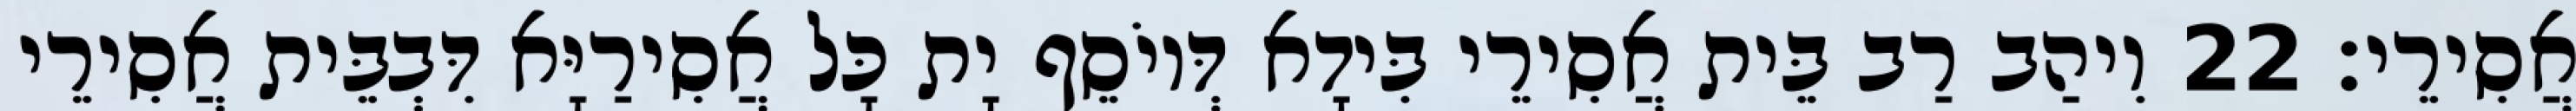
אֲסִירֵי׃ 22 וִיהַב רַב בֵּית אֲסִירֵי בִּידָא דְּיוֹסֵף יָת כָּל אֲסִירַיָּא דִּבְבֵּית אֲסִירֵי